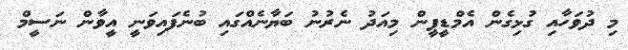
މި ދުވަހާއި ގުޅިގެން އެމްޑީޕީން މިއަދު ނެރުނު ބަޔާނެއްގައި ބުނެފައިވަނީ އީވާން ނަސީމް